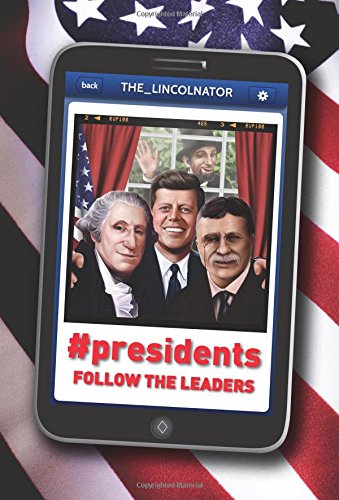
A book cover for #Presidents: Follow the Leaders; John Bailey Owen; Children's Books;